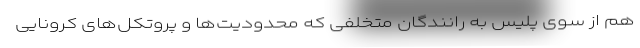
هم از سوی پلیس به رانندگان متخلفی که محدودیت‌ها و پروتکل‌های کرونایی